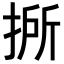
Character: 𢯢